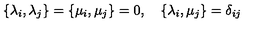
\{ \lambda _ { i } , \lambda _ { j } \} = \{ \mu _ { i } , \mu _ { j } \} = 0 , \quad \{ \lambda _ { i } , \mu _ { j } \} = \delta _ { i j }